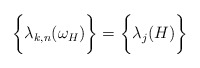
\begin{align*}\bigg\{ \lambda_{k,n}(\omega_H) \bigg\} = \bigg\{ \lambda_j(H) \bigg\}\end{align*}